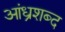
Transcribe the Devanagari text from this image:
आंध्रशब्द